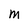
Character: M